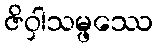
ဇိဝှါသမ္ဖဿေ